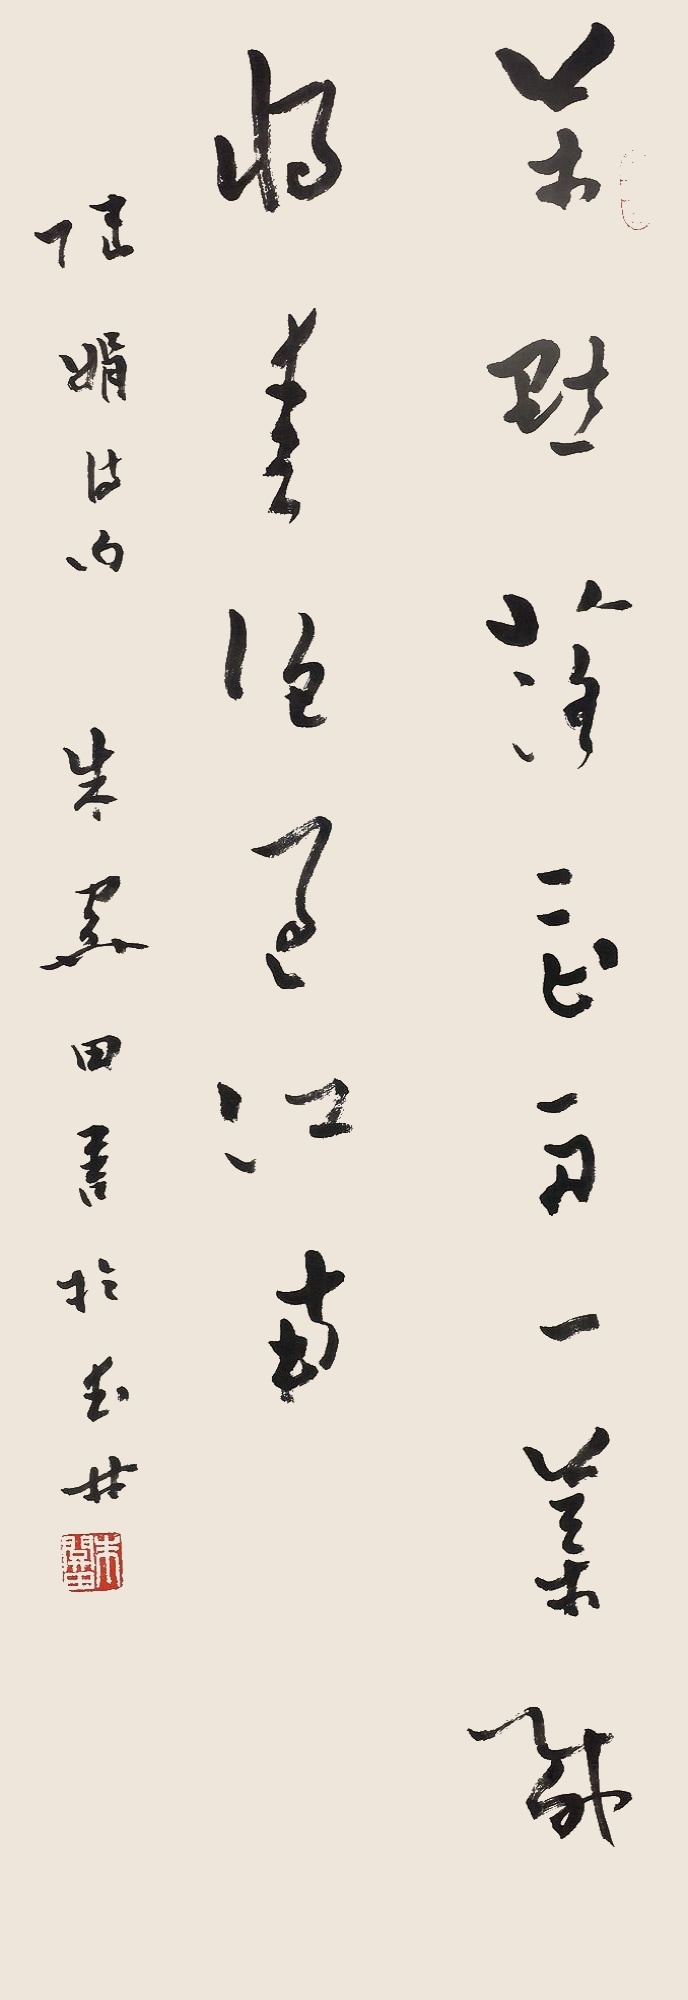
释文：万点落花舟一叶，载将春色过江南。陆娟诗句，朱关田书于武林。